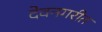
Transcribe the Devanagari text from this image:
देवनगरीत